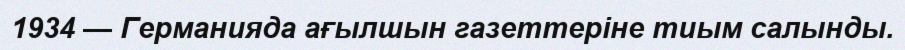
1934 — Германияда ағылшын газеттеріне тиым салынды.